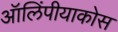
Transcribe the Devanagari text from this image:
ऑलिंपीयाकोस